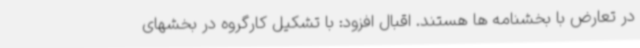
در تعارض با بخشنامه ها هستند. اقبال افزود: با تشکیل کارگروه در بخشهای